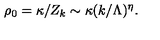
\rho _ { 0 } = \kappa / Z _ { k } \sim \kappa ( k / \Lambda ) ^ { \eta } .